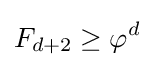
F_{d+2}\geq \varphi ^{d}